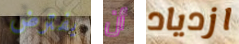
يفترض أن ازدياد